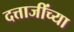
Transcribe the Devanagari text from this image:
दत्ताजींच्या